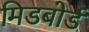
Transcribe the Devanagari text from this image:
मिडबोर्ड